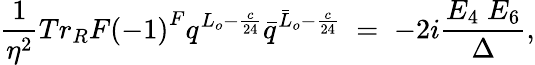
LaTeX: \frac{1}{\eta^{2}}{Tr_{R}}F{(-1)}^{F}q^{L_{o}-\frac{c}{24}}{\bar{q}}^{{\bar{L}}_{o}-\frac{c}{24}}\; =\; -2i\frac{E_{4}\; E_{6}}{\Delta},